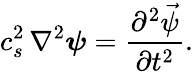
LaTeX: c_{s}^{2}\, \nabla^{2}\boldsymbol{\psi}=\frac{\partial^{2}\vec{\psi}}{\partial t^{2}}.